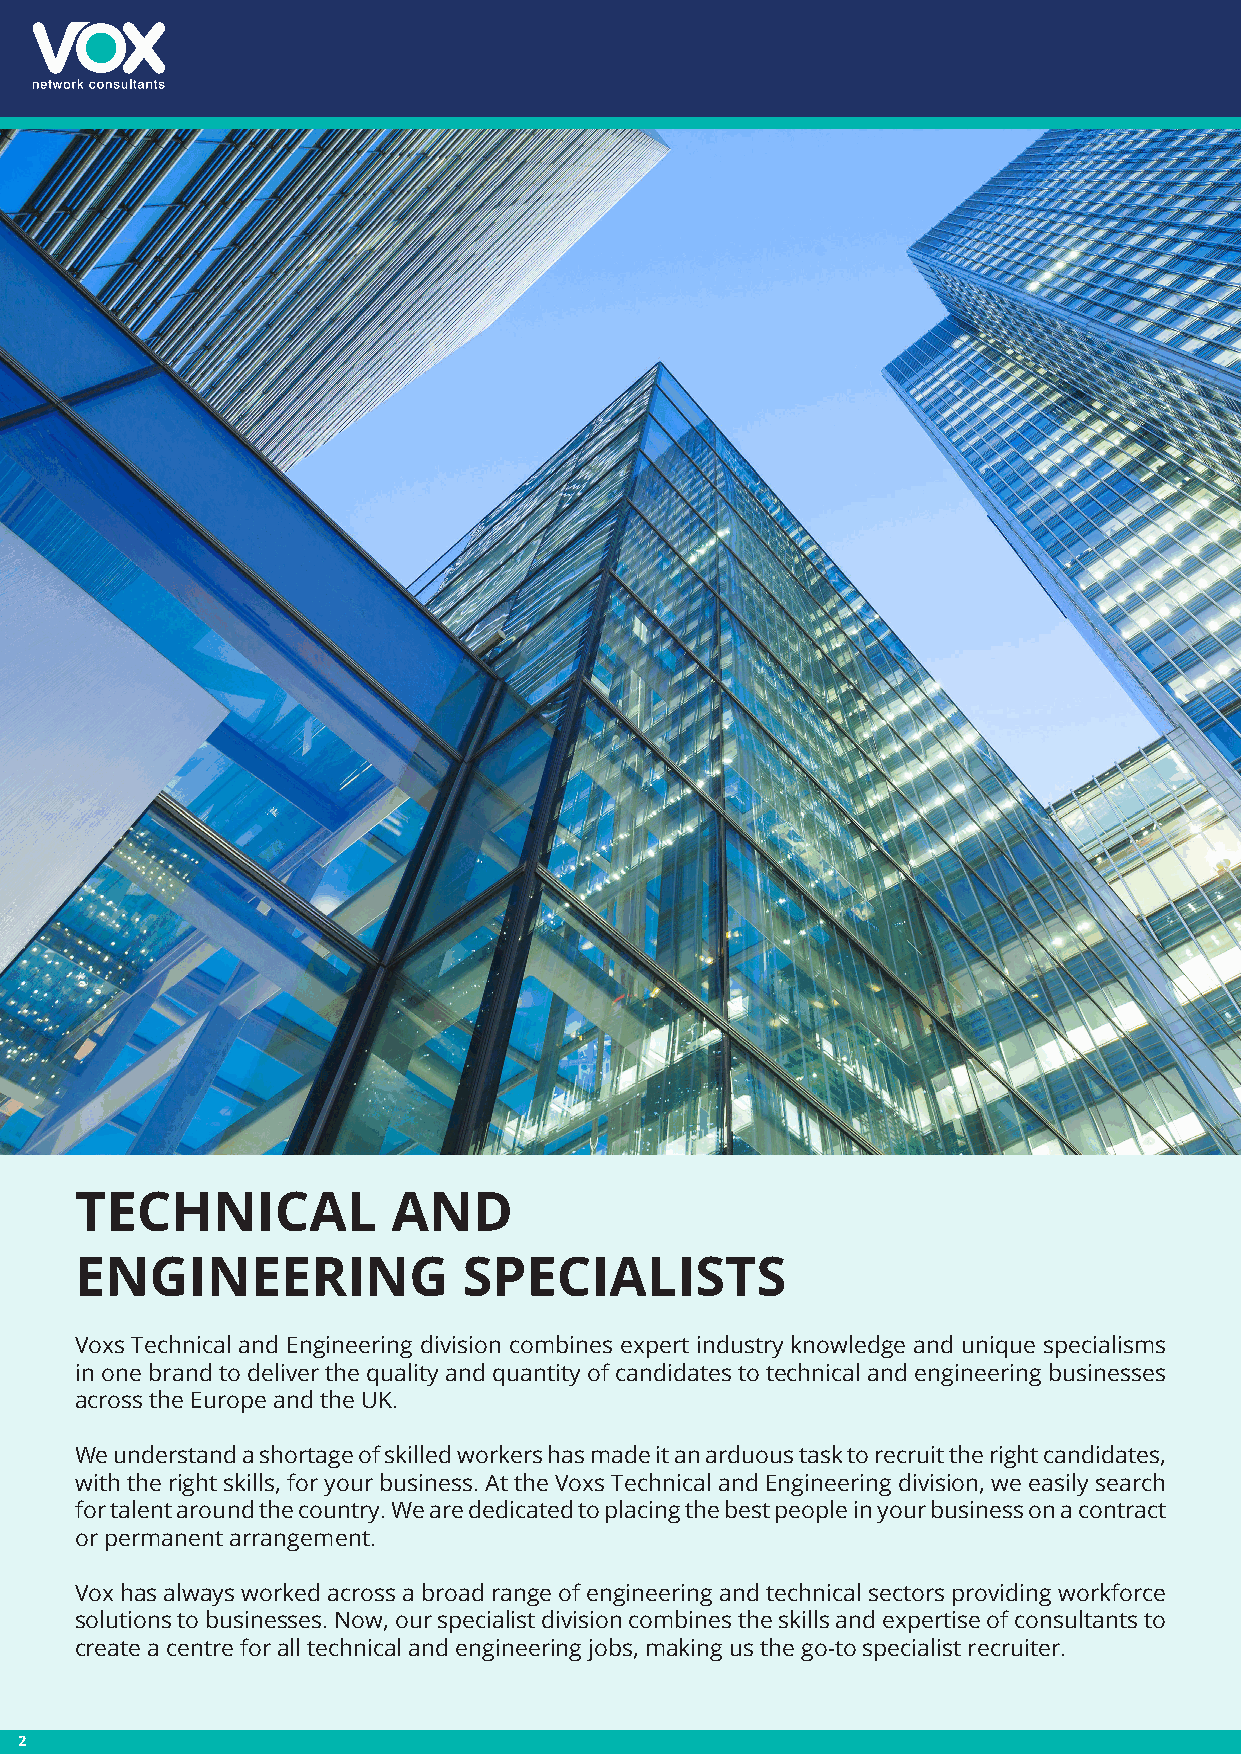
TECHNICAL            AND
 ENGINEERING               SPECIALISTS
 Voxs Technical and Engineering division combines expert industry knowledge and unique specialisms
 in one brand to deliver the quality and quantity of candidates to technical and engineering businesses
 across the Europe and the UK.
 We understand a shortage of skilled workers has made it an arduous task to recruit the right candidates,
 with the right skills, for your business. At the Voxs Technical and Engineering division, we easily search
 for talent around the country. We are dedicated to placing the best people in your business on a contract
 or permanent arrangement.
 Vox has always worked across a broad range of engineering and technical sectors providing workforce
 solutions to businesses. Now, our specialist division combines the skills and expertise of consultants to
 create a centre for all technical and engineering jobs, making us the go-to specialist recruiter.
 2